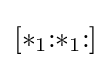
[{*}_{1}{:}{*}_{1}{:}]